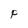
Character: F